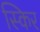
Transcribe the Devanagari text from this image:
स्किर